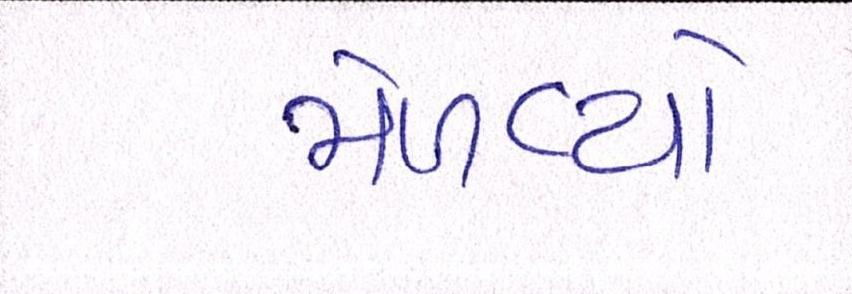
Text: મેળવ્યો